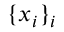
\{ x _ { i } \} _ { i }